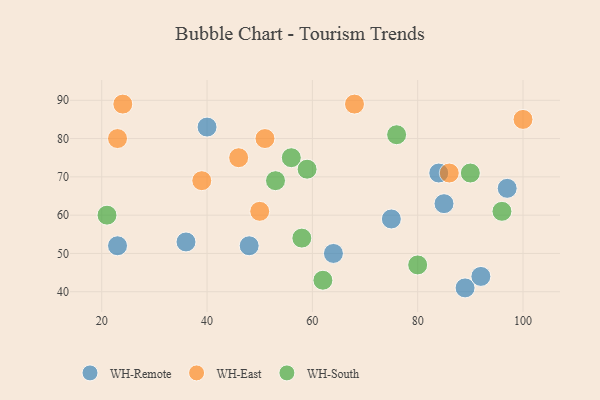
{"axis": {"x": "GDP", "y": "Life Expectancy"}, "legend": ["WH-East", "WH-Remote", "WH-South"], "data": [{"x": "40", "y": 83, "type": "WH-Remote"}, {"x": "75", "y": 59, "type": "WH-Remote"}, {"x": "89", "y": 41, "type": "WH-Remote"}, {"x": "48", "y": 52, "type": "WH-Remote"}, {"x": "85", "y": 63, "type": "WH-Remote"}, {"x": "64", "y": 50, "type": "WH-Remote"}, {"x": "97", "y": 67, "type": "WH-Remote"}, {"x": "36", "y": 53, "type": "WH-Remote"}, {"x": "84", "y": 71, "type": "WH-Remote"}, {"x": "23", "y": 52, "type": "WH-Remote"}, {"x": "92", "y": 44, "type": "WH-Remote"}, {"x": "39", "y": 69, "type": "WH-East"}, {"x": "86", "y": 71, "type": "WH-East"}, {"x": "46", "y": 75, "type": "WH-East"}, {"x": "23", "y": 80, "type": "WH-East"}, {"x": "51", "y": 80, "type": "WH-East"}, {"x": "24", "y": 89, "type": "WH-East"}, {"x": "100", "y": 85, "type": "WH-East"}, {"x": "50", "y": 61, "type": "WH-East"}, {"x": "68", "y": 89, "type": "WH-East"}, {"x": "62", "y": 43, "type": "WH-South"}, {"x": "21", "y": 60, "type": "WH-South"}, {"x": "76", "y": 81, "type": "WH-South"}, {"x": "58", "y": 54, "type": "WH-South"}, {"x": "53", "y": 69, "type": "WH-South"}, {"x": "80", "y": 47, "type": "WH-South"}, {"x": "96", "y": 61, "type": "WH-South"}, {"x": "56", "y": 75, "type": "WH-South"}, {"x": "59", "y": 72, "type": "WH-South"}, {"x": "90", "y": 71, "type": "WH-South"}]}